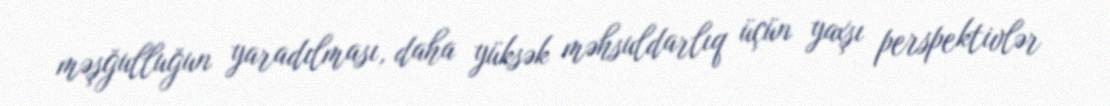
məşğulluğun yaradılması, daha yüksək məhsuldarlıq üçün yaxşı perspektivlər